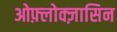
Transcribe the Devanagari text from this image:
ओफ़्लोक्ज़ासिन